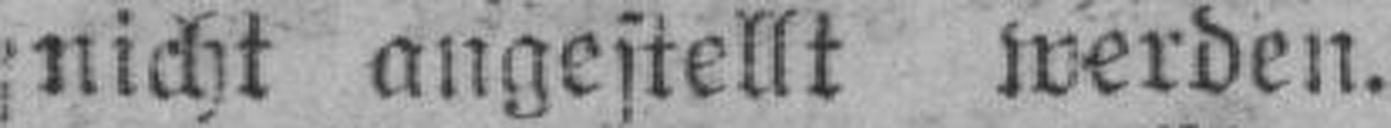
nicht augestellt werden.